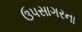
ઉપસાગરના